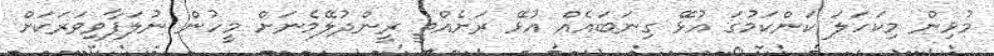
މުޅިން މިކަހަލަ ކަންކަމުގަ އުޅޭ ގިނަބައެއް އުޅޭ ރަށެއްތީ ރީންދުލޭމެނަށް މީހުން ނުލަފާވިވަރަކަށް